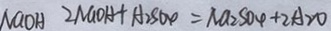
N a O H 2 N a O H + A _ { 2 } S O _ { 4 } = N a _ { 2 } S O _ { 4 } + 2 A _ { 2 } O